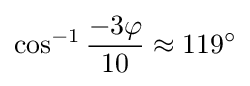
\cos ^{-1}{\frac {-3\varphi }{10}}\approx 119^{\circ }